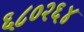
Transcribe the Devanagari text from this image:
६८०२६४